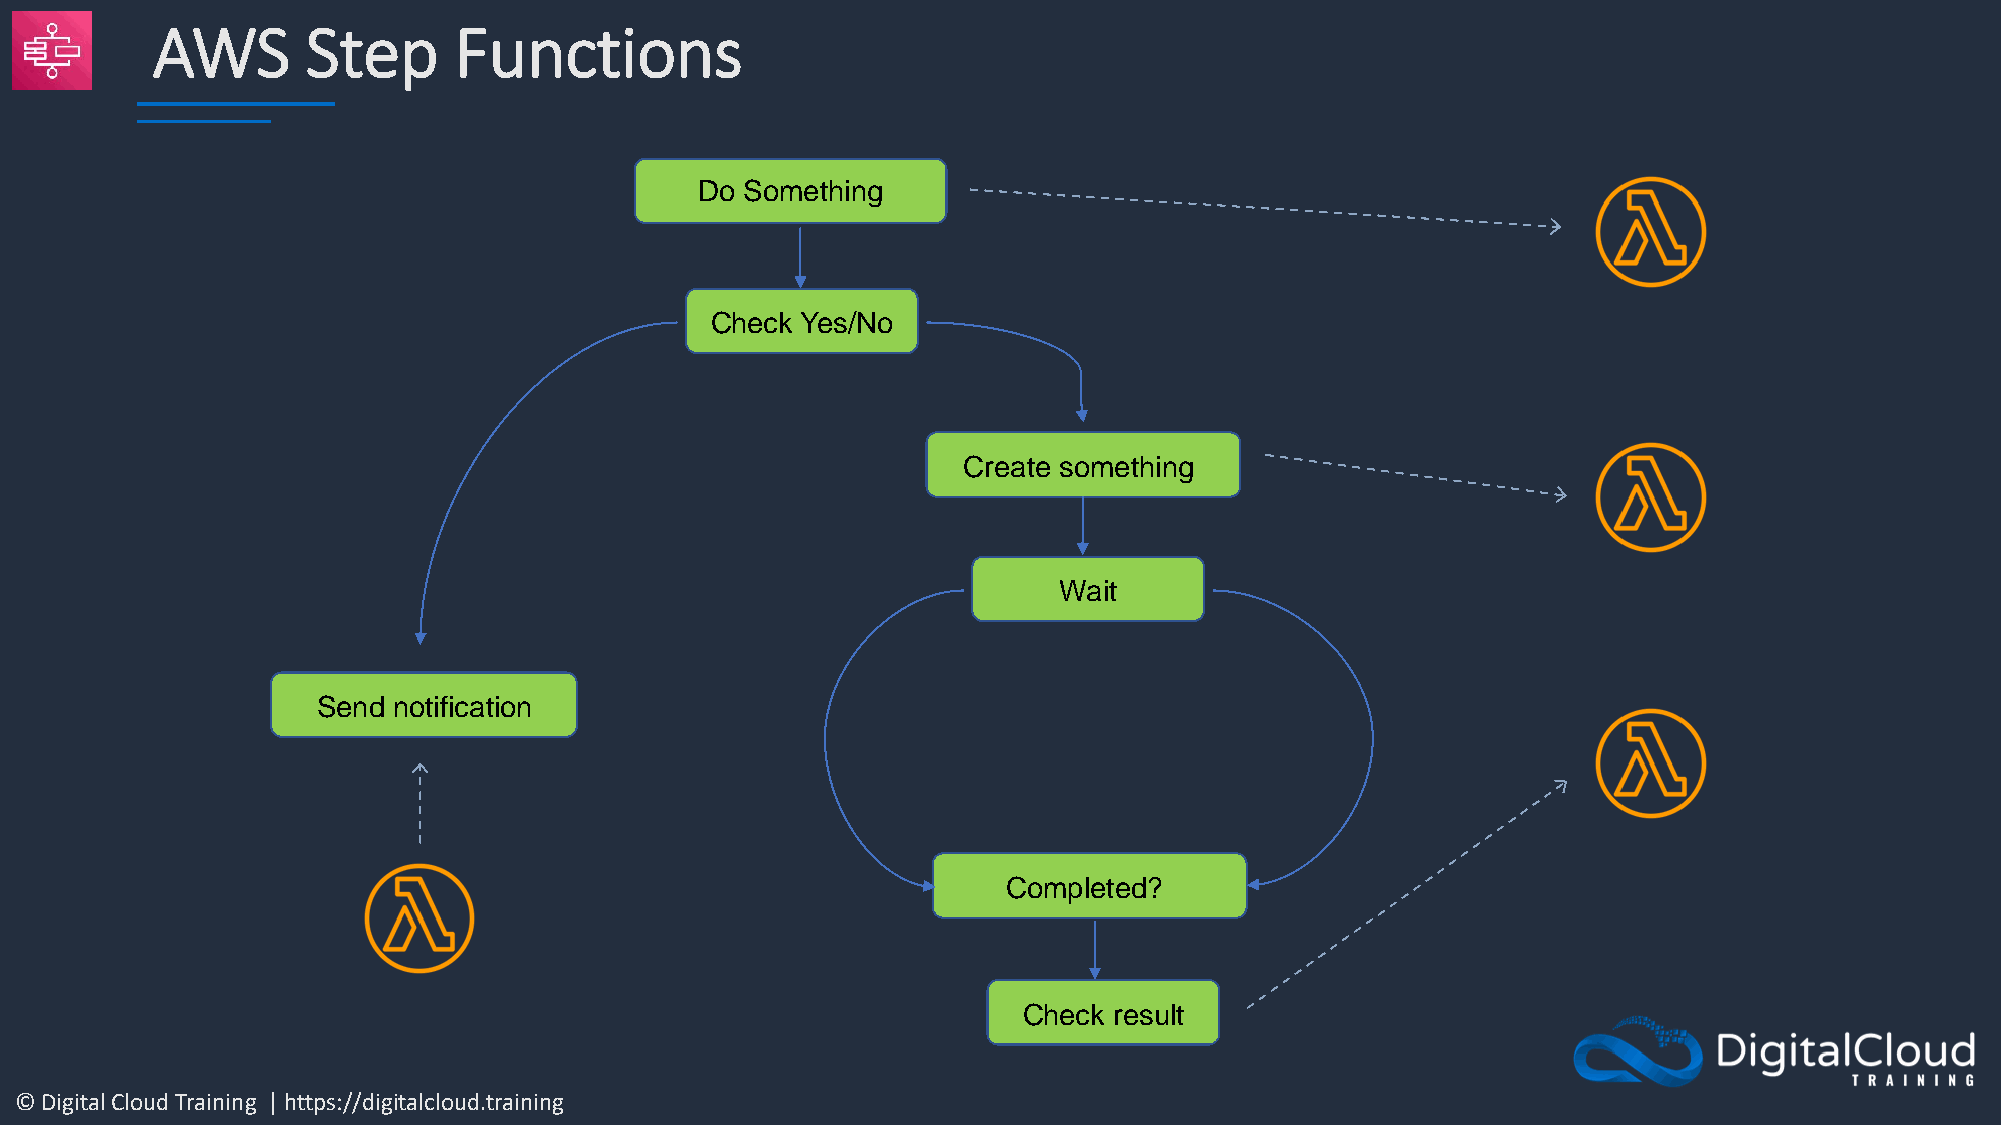
AWS       Step      Functions
 Do Something
 Check Yes/No
 Create something
 Wait
 Send notification
 Completed?
 Check result
 © Digital Cloud Training | https://digitalcloud.training